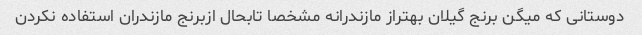
دوستانی که میگن برنج گیلان بهتراز مازندرانه مشخصا تابحال ازبرنج مازندران استفاده نکردن